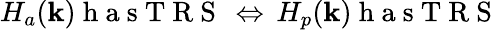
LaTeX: H_{a}(\textbf{k})\mathrm{~h~a~s~T~R~S~}\, \Leftrightarrow\, H_{p}(\textbf{k})\mathrm{~h~a~s~T~R~S~}